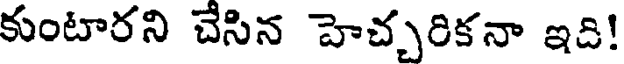
కుంటారని చేసిన హెచ్చరికనా ఇది!